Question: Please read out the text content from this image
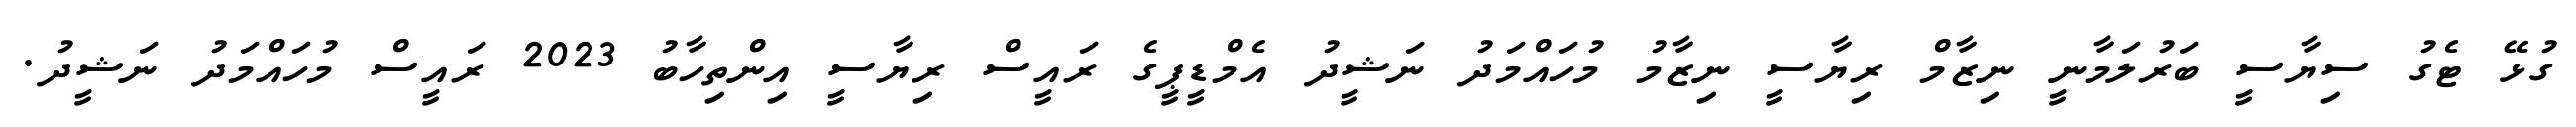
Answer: ގުޅޭ ޓެގު ސިޔާސީ ބަރުލަމާނީ ނިޒާމް ރިޔާސީ ނިޒާމު މުހައްމަދު ނަޝީދު އެމްޑީޕީގެ ރައީސް ރިޔާސީ އިންތިހާބު 2023 ރައީސް މުހައްމަދު ނަޝީދު.